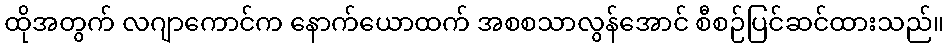
ထိုအတွက် လဂျာကောင်က နောက်ယောထက် အစစသာလွန်အောင် စီစဉ်ပြင်ဆင်ထားသည်။